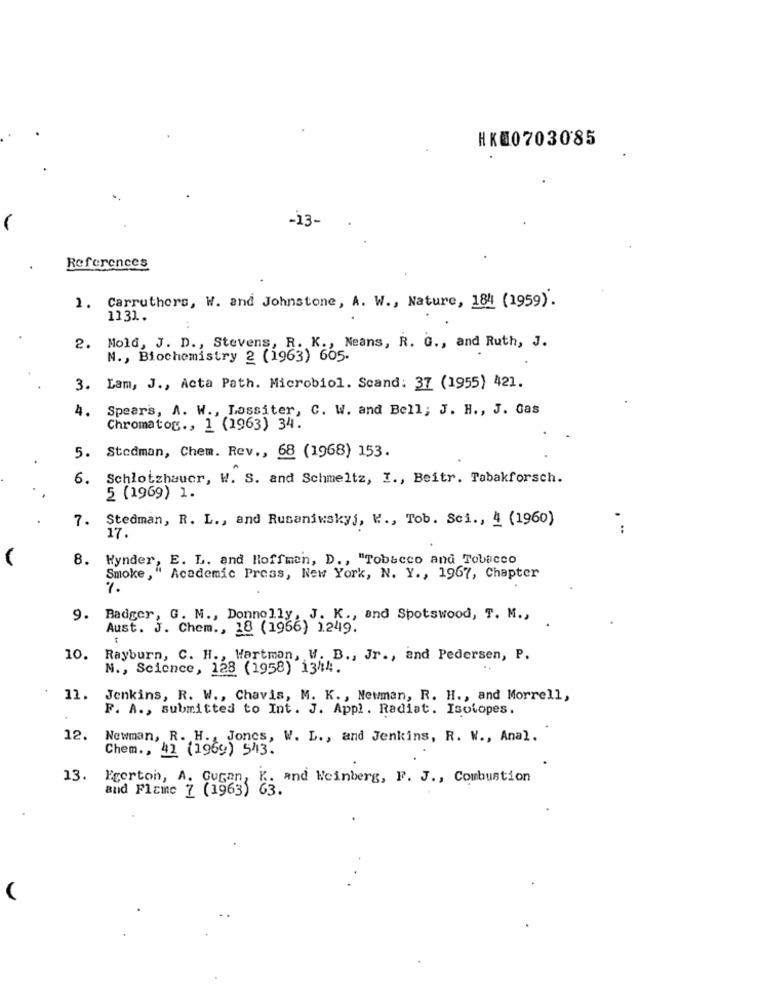
HK00703085
-13-
References
1. Carruthers, W. and Johnstone, A. W ., Nature, 184 (1959).
1131.
2. Mold, J. D ., Stevens, R. K ., Neans, R. G ., and Ruth, J.
N ., Biochemistry 2 (1963) 605.
3. Lam, J ., Acta Path. Microbiol. Scand: 37 (1955) 421.
4.
Spears, A. W ., Lassiter, C. W. and Bell; J. H ., J. Gas
Chromatog ., 1 (1963) 34.
5. Stodman, Chem. Rev ., 68 (1968) 153.
6. Schlotzhauer, W. S. and Schmeltz, I ., Beitr. Tabakforsch.
5 (1969) 1.
7. Stedman, R. L ., and Rusaniwskyj, W ., Tob. Sci ., 4 (1960)
17.
8.
Wynder, E. L. and Hoffman, D ., "Tobacco and Tobacco
Smoke ,"
Academic Press, New York, N. Y ., 1967, Chapter
%
9. Badger, G. M ., Donnelly, J. K ., and Spotswood, T. M .,
Aust. J. Chem ., 18 (1966) 1249.
10.
Rayburn, C. H ., Wartman, W. B ., Jr ., and Pedersen, P.
N ., Science, 128 (1958) 1344.
11.
Jenkins, R. W ., Chavis, M. K ., Newman, R. H ., and Morrell,
F. A ., submitted to Int. J. Appl . Radiat. Isotopes.
12.
Newman, R. H ., Jones, W. L ., and Jenkins, R. W ., Anal.
Chem ., 41 (1969) 5413.
13. Egerton, A. Gugan, K. and Weinberg, F. J ., Combustion
and Flame 7 (1963)